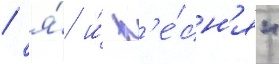
/ я́ и́ п'е́сн'я"